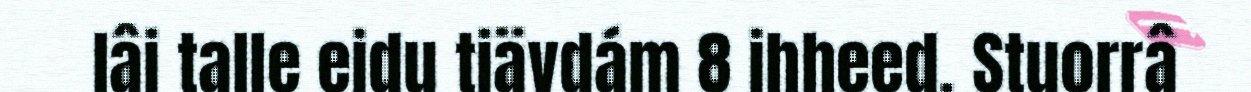
lâi talle eidu tiävdám 8 ihheed. Stuorrâ